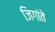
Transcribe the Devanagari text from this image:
जिगांते